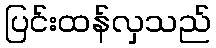
ပြင်းထန်လှသည်